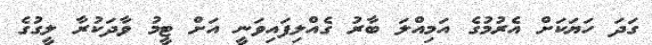
ގަދަ ހަޔަކަށް އެރުމުގެ އަމިއްލަ ބާރު ގެއްލިފައިވަނީ އަށް ޓީމު ވާދަކުރާ ލީގުގެ